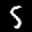
Label: 5